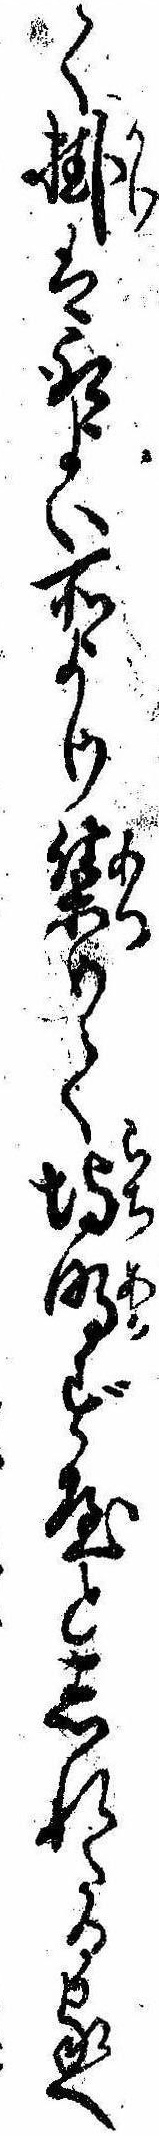
て掛は取よい所より集めて埒明ず屋としれたる家へ